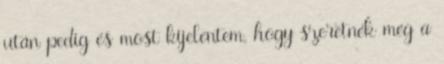
után pedig és most kijelentem, hogy szeretnék még a